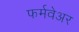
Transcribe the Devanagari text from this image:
फर्मवेअर